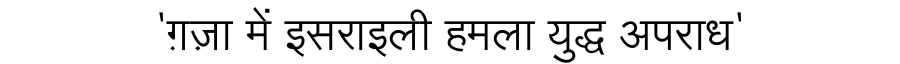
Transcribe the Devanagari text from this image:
'ग़ज़ा में इसराइली हमला युद्ध अपराध'